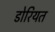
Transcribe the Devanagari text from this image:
डोरियत